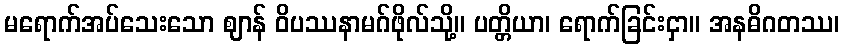
မရောက်အပ်သေးသော ဈာန် ဝိပဿနာမဂ်ဖိုလ်သို့။ ပတ္တိယာ၊ ရောက်ခြင်းငှာ။ အနဓိဂတဿ၊